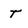
Character: T